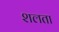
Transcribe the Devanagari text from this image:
शलता